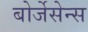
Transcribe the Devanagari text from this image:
बोर्जेसेन्स